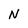
Character: N